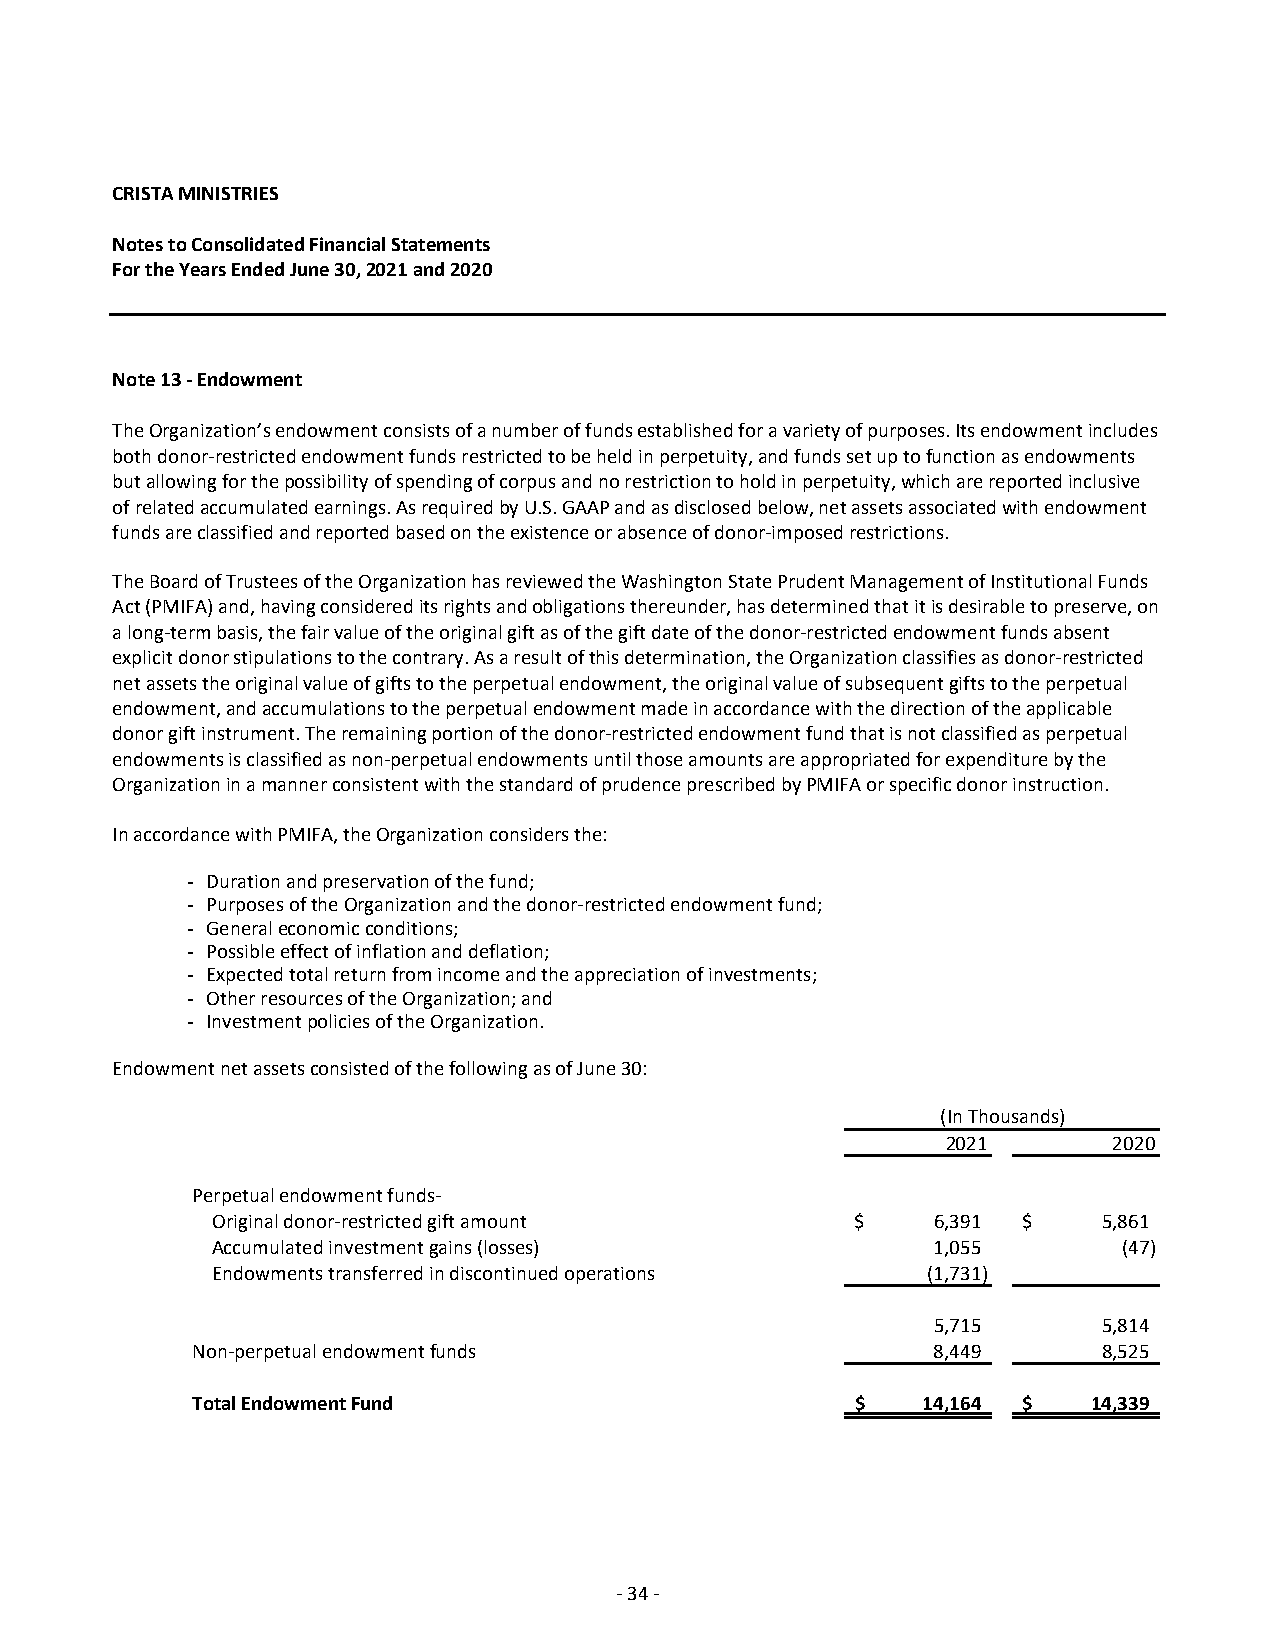
CRISTA MINISTRIES
 Notes to Consolidated Financial Statements
 For the Years Ended June 30, 2021 and 2020
 Note 13 ‐ Endowment
 The Organization’s endowment consists of a number of funds established for a variety of purposes. Its endowment includes
 both donor‐restricted endowment funds restricted to be held in perpetuity, and funds set up to function as endowments
 but allowing for the possibility of spending of corpus and no restriction to hold in perpetuity, which are reported inclusive
 of related accumulated earnings. As required by U.S. GAAP and as disclosed below, net assets associated with endowment
 funds are classified and reported based on the existence or absence of donor‐imposed restrictions.
 The Board of Trustees of the Organization has reviewed the Washington State Prudent Management of Institutional Funds
 Act (PMIFA) and, having considered its rights and obligations thereunder, has determined that it is desirable to preserve, on
 a long‐term basis, the fair value of the original gift as of the gift date of the donor‐restricted endowment funds absent
 explicit donor stipulations to the contrary. As a result of this determination, the Organization classifies as donor‐restricted
 net assets the original value of gifts to the perpetual endowment, the original value of subsequent gifts to the perpetual
 endowment, and accumulations to the perpetual endowment made in accordance with the direction of the applicable
 donor gift instrument. The remaining portion of the donor‐restricted endowment fund that is not classified as perpetual
 endowments is classified as non‐perpetual endowments until those amounts are appropriated for expenditure by the
 Organization in a manner consistent with the standard of prudence prescribed by PMIFA or specific donor instruction.
 In accordance with PMIFA, the Organization considers the:
 - Duration and preservation of the fund;
 - Purposes of the Organization and the donor‐restricted endowment fund;
 - General economic conditions;
 - Possible effect of inflation and deflation;
 - Expected total return from income and the appreciation of investments;
 - Other resources of the Organization; and
 - Investment policies of the Organization.
 Endowment net assets consisted of the following as of June 30:
 (In Thousands)
 2021       2020
 Perpetual endowment funds‐
 Original donor‐restricted gift amount      $    6,391 $    5,861
 Accumulated investment gains (losses)           1,055       (47)
 Endowments transferred in discontinued operations (1,731)
 5,715      5,814
 Non‐perpetual endowment funds                    8,449      8,525
 Total Endowment Fund                        $   14,164 $   14,339
 ‐ 34 ‐